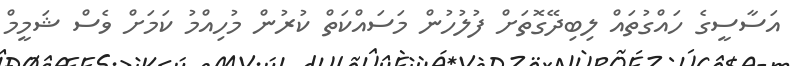
އަސާސީގެ ހައްގުތައް ލިބިދޭގޮތަށް ފުލުހުން މަސައްކަތް ކުރުން މުހިއްމު ކަމަށް ވެސް ޝަމީމް